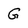
Character: G